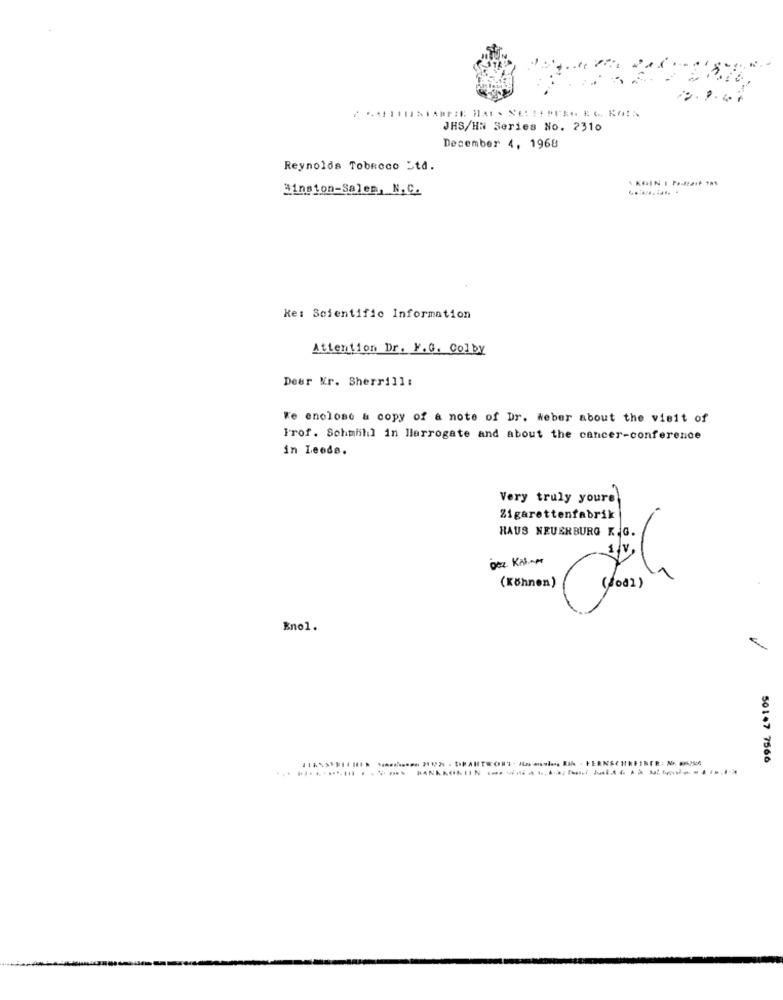
JHS/HN Series No. 2310
December 4, 1968
Reynolds Tobroco Std.
Binsion-Salem, N.C.
Ke: Scientific Information
Attention Dr. F. G. Colby
Dear Mr. Sherrill:
We enclose & copy of a note of Dr. weber about the visit of
Prof. Schmihl in Harrogate and about the cancer-conference
in Leede.
Very truly yours
Zigarettenfabrik
HAUS NEUERBURG K.G.
(Können)
Enol.
501.7 7566